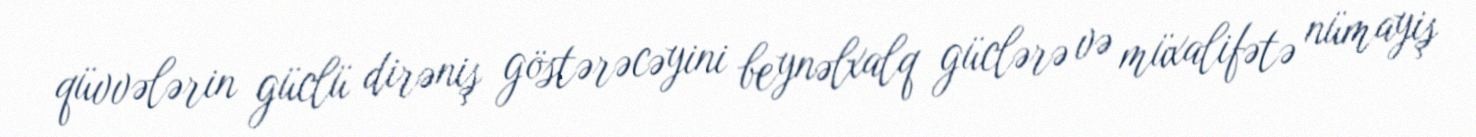
qüvvələrin güclü dirəniş göstərəcəyini beynəlxalq güclərə və müxalifətə nümayiş